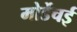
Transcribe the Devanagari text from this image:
मोर्डेचई